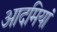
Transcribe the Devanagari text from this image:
आदमियां